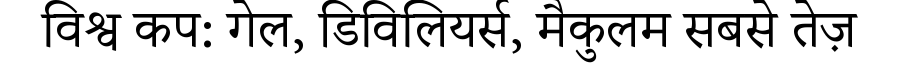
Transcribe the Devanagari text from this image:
विश्व कप: गेल, डिविलियर्स, मैकुलम सबसे तेज़